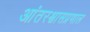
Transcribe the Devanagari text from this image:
आंतरश्वासप्रणाल